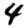
Digit: 4